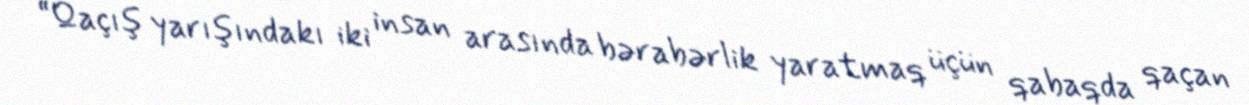
“Qaçış yarışındakı iki insan arasında bərabərlik yaratmaq üçün qabaqda qaçan